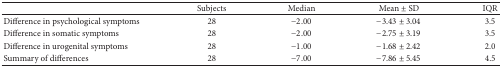
<table><thead><tr><td><b> </b></td><td><b>Subjects</b></td><td><b>Median </b></td><td><b>Mean ± SD </b></td><td><b>IQR</b></td></tr></thead><tbody><tr><td>Difference in psychological symptoms</td><td>28</td><td>−2.00</td><td>−3.43 ± 3.04</td><td>3.5</td></tr><tr><td>Difference in somatic symptoms</td><td>28</td><td>−2.00</td><td>−2.75 ± 3.19</td><td>3.5</td></tr><tr><td>Difference in urogenital symptoms</td><td>28</td><td>−1.00</td><td>−1.68 ± 2.42</td><td>2.0</td></tr><tr><td>Summary of differences</td><td>28</td><td>−7.00</td><td>−7.86 ± 5.45</td><td>4.5</td></tr></tbody></table>